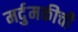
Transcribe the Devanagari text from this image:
मर्दुमकीची